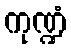
ကုဏ္ဍံ